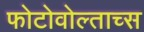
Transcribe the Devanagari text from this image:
फोटोवोल्ताच्स